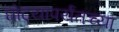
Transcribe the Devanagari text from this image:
घोट्यापर्यंतच्या